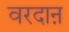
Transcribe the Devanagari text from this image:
वरदाऩ